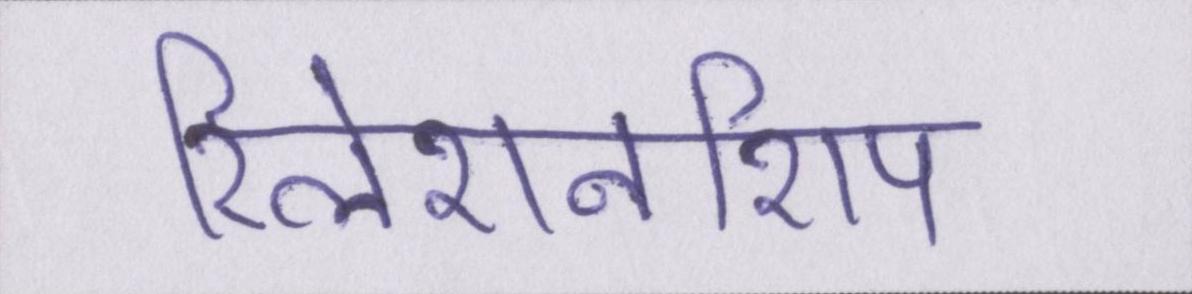
रिलेशनशिप